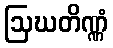
ဩဃတိဏ္ဏံ